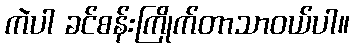
ကဲပါ ခင်စန်းကြိုက်တာသာဝယ်ပါ။